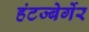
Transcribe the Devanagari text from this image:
हंटज्बेर्गेर